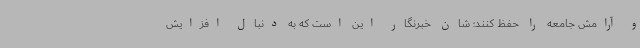
و آرامش جامعه را حفظ کنند؛ شان خبرنگار این است که به دنبال افزایش